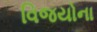
વિજયોના